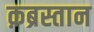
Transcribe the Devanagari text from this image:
क़ब्रस्तान